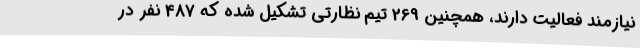
نیازمند فعالیت دارند، همچنین 269 تیم نظارتی تشکیل شده که 487 نفر در